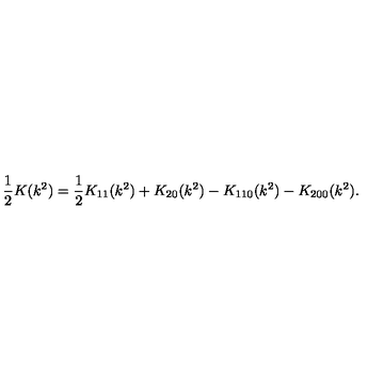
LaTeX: \frac { 1 } { 2 } K ( k ^ { 2 } ) = \frac { 1 } { 2 } K _ { 1 1 } ( k ^ { 2 } ) + K _ { 2 0 } ( k ^ { 2 } ) - K _ { 1 1 0 } ( k ^ { 2 } ) - K _ { 2 0 0 } ( k ^ { 2 } ) .